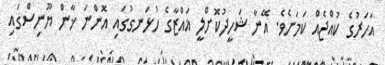
އަހަރުގެ ކުއްޖެއް ކަމަށެވެ. އޭނާ ޝަހީދުކޮށްލީ ޣައްޒާގެ ހުޅަނގުގައި އޮންނަ ޚާން ޔޫނިސްގައި